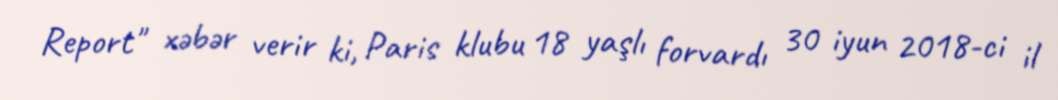
Report" xəbər verir ki, Paris klubu 18 yaşlı forvardı 30 iyun 2018-ci il